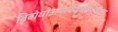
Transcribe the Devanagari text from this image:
विबोधोअमर्स्चप्यवहित्थमदोग्रता